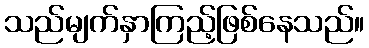
သည်မျက်နှာကြည့်ဖြစ်နေသည်။